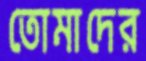
তোমাদের